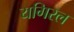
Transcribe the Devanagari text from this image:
यगिरल